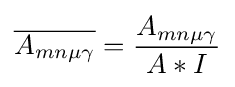
{\overline {A_{mn\mu \gamma }}}={\frac {A_{mn\mu \gamma }}{A*I}}